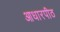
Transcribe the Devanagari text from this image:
आधारपीठ